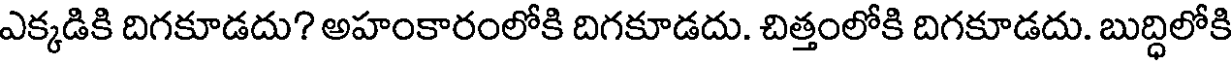
ఎక్కడికి దిగకూడదు? అహంకారంలోకి దిగకూడదు. చిత్తంలోకి దిగకూడదు. బుద్ధిలోకి